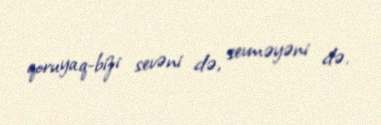
qoruyaq-bizi sevəni də, sevməyəni də.